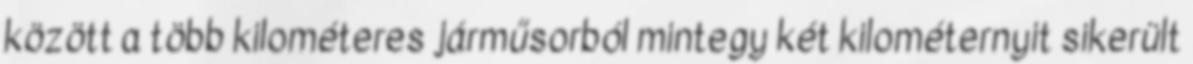
között a több kilométeres járműsorból mintegy két kilométernyit sikerült